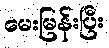
မေးမြန်းပြီး